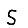
Digit: 5